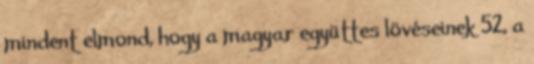
mindent elmond, hogy a magyar együttes lövéseinek 52, a